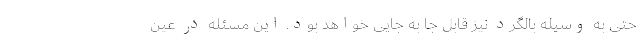
حتی به وسیله بالگرد نیز قابل جا به جایی خواهد بود. این مسئله در عین